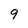
Character: 9